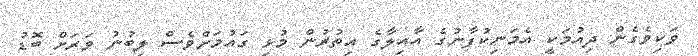
ވަކިވެގެން ދިއުމަކީ އެމަނިކުފާނުގެ އާއިލާގެ އިތުރުން މުޅި ގައުމަށްވެސް ލިބުނު ވަރަށް ބޮޑު